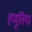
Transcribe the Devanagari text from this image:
हणूतिया